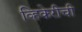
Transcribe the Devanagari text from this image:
व्हिकेरीची